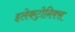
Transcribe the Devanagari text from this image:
इलेकट्रोनिक्स